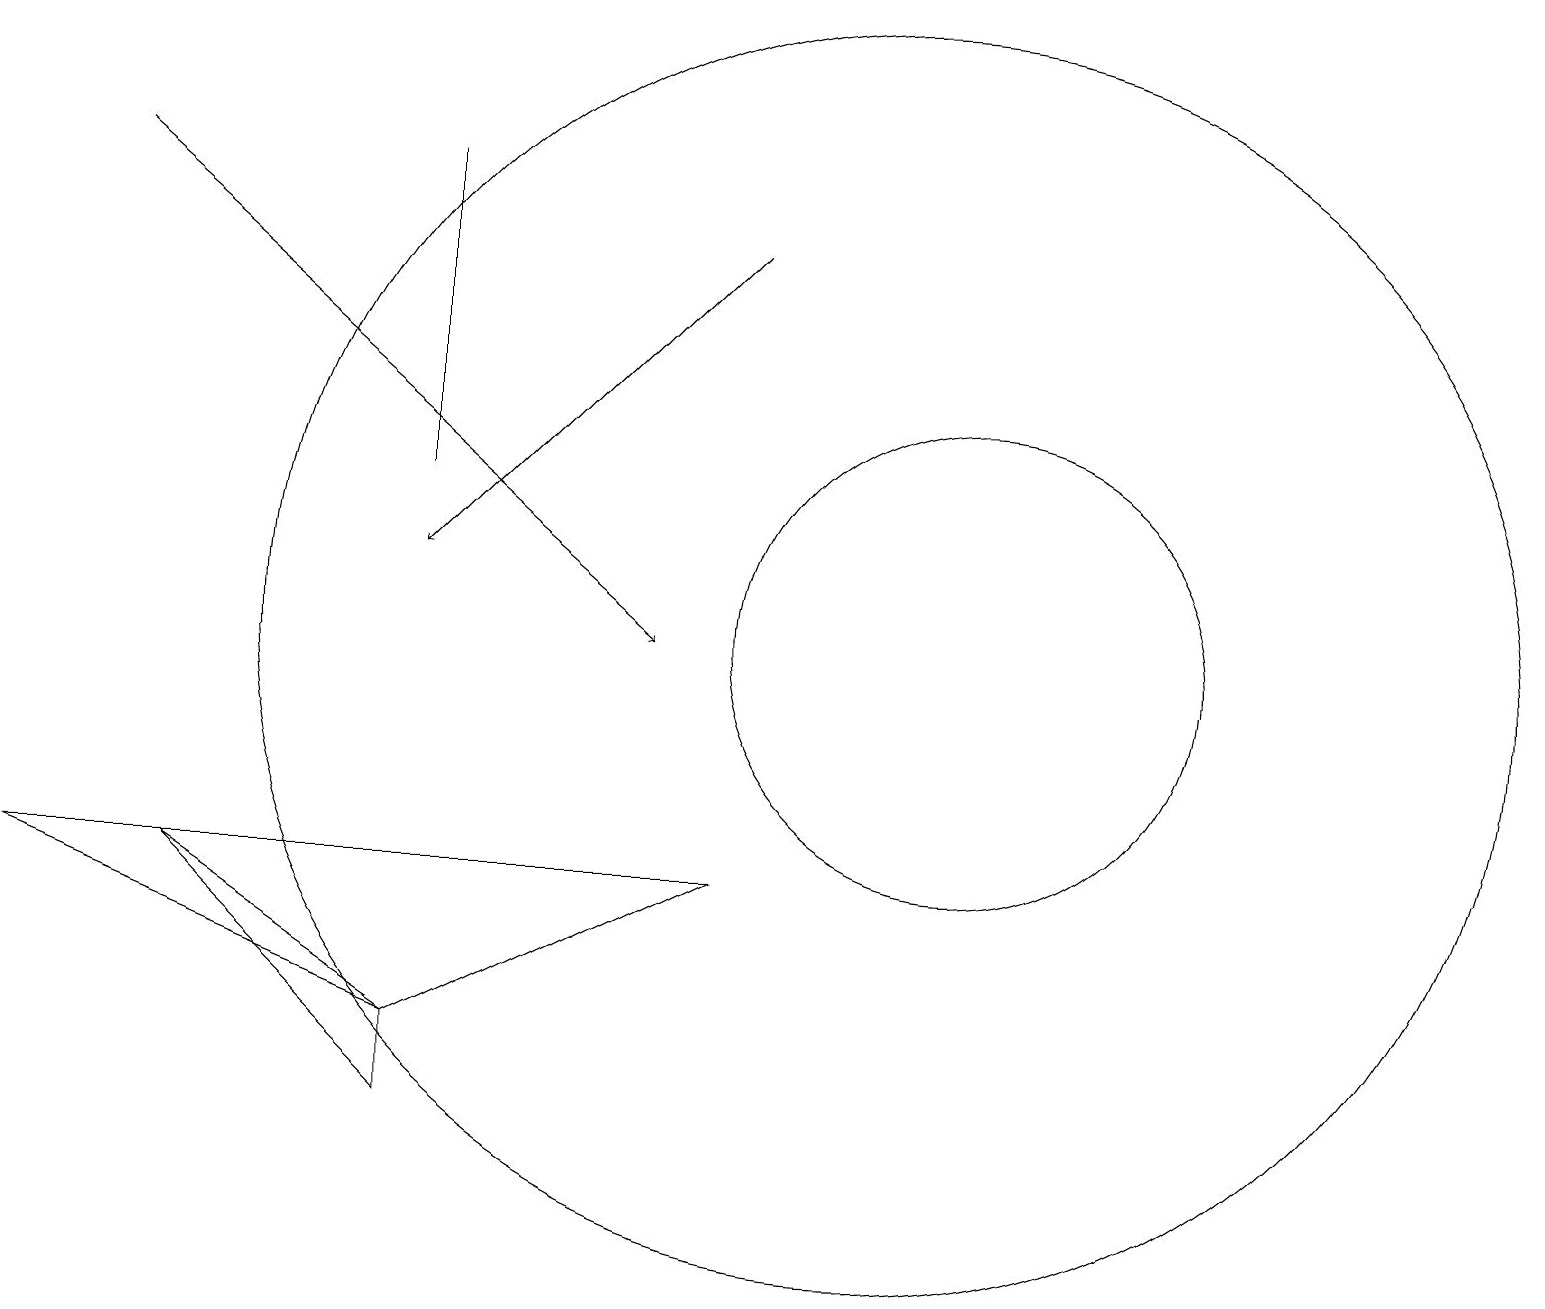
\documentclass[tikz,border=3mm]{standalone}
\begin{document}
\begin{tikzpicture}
\draw (5,6) -- (2,9) -- (5,7) -- cycle;
\draw (9,9) -- (0,9) -- (5,7) -- cycle;
\draw (12,12) circle (3);
\draw (11,12) circle (8);
\draw (5,14) rectangle (5,18);
\draw[->] (9,17) -- (5,13);
\draw (10,10) circle (0);
\draw[->] (1,18) -- (8,12);
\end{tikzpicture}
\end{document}